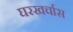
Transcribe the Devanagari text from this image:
घरखर्चास